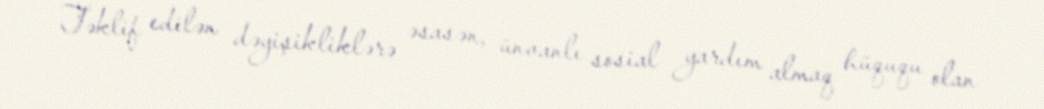
Təklif edilən dəyişikliklərə əsasən, ünvanlı sosial yardım almaq hüququ olan